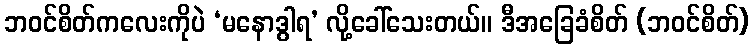
ဘဝင်စိတ်ကလေးကိုပဲ ‘မနောဒွါရ’ လို့ခေါ်သေးတယ်။ ဒီအခြေခံစိတ် (ဘဝင်စိတ်)